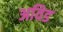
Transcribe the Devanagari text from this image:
अविड